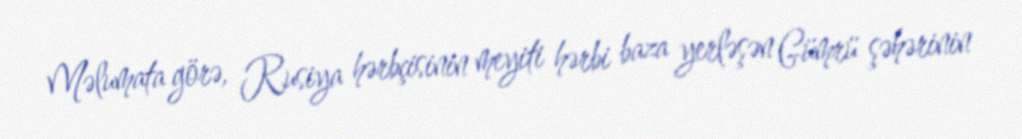
Məlumata görə, Rusiya hərbçisinin meyiti hərbi baza yerləşən Gümrü şəhərinin